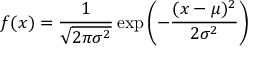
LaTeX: f ( x ) = { \frac { 1 } { \sqrt { 2 \pi \sigma ^ { 2 } } } } \exp \left( - { \frac { ( x - \mu ) ^ { 2 } } { 2 \sigma ^ { 2 } } } \right)